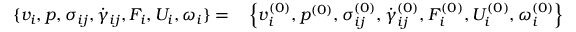
\begin{array} { r l } { { \{ v _ { i } , p , \sigma _ { i j } , \dot { \gamma } _ { i j } , F _ { i } , U _ { i } , \omega _ { i } \} } = } & { { } \left\{ v _ { i } ^ { ( 0 ) } , p ^ { ( 0 ) } , \sigma _ { i j } ^ { ( 0 ) } , \dot { \gamma } _ { i j } ^ { ( 0 ) } , F _ { i } ^ { ( 0 ) } , U _ { i } ^ { ( 0 ) } , \omega _ { i } ^ { ( 0 ) } \right\} } \end{array}